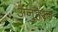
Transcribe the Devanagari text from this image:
अनुहरत